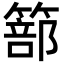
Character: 篰